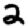
Digit: 2